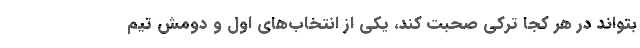
بتواند در هر کجا ترکی صحبت کند، یکی از انتخاب‌های اول و دومش تیم